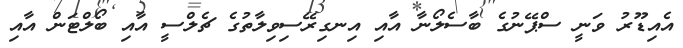
އެއިޑޫރު ވަނީ ސްޕޭނުގެ ބާސެލޯނާ އާއި އިނގިރޭސިވިލާތުގެ ޗެލްސީ އާއި ބޯލްޓަން އާއި